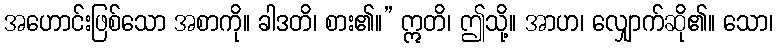
အဟောင်းဖြစ်သော အစာကို။ ခါဒတိ၊ စား၏။” ဣတိ၊ ဤသို့။ အာဟ၊ လျှောက်ဆို၏။ သော၊